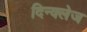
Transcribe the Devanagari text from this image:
दिन्क्लेज